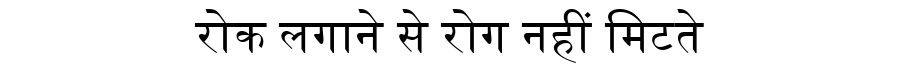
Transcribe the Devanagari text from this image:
रोक लगाने से रोग नहीं मिटते